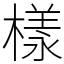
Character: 樣